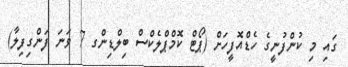
ގައި މި ކުންފުނީގެ ހެޑްއޮފީހަށް (ޕޯޓް ކޮމްޕްލެކްސް ބިލްޑިންގ 7 ވަނަ ފަންގިފިލާ)